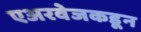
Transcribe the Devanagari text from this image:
एअरवेजकडून